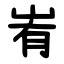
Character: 峟